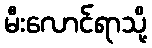
မီးလောင်ရာသို့